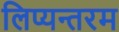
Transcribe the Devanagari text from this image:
लिप्यन्तरम